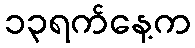
၁၃ရက်နေ့က